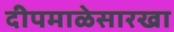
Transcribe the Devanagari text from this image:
दीपमाळेसारखा